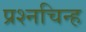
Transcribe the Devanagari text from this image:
प्रश्‍नचिन्ह